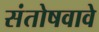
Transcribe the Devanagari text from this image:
संतोषवावे